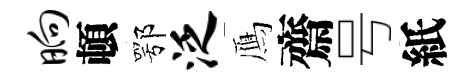
晌頓鄂泛鴈齋号紙